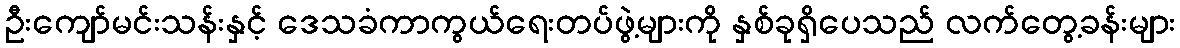
ဦးကျော်မင်းသန်းနှင့် ဒေသခံကာကွယ်ရေးတပ်ဖွဲ့များကို နှစ်ခုရှိပေသည် လက်တွေ့ခန်းများ